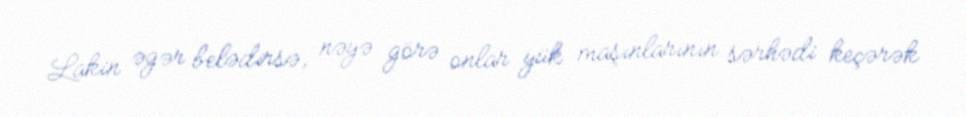
Lakin əgər belədirsə, nəyə görə onlar yük maşınlarının sərhədi keçərək